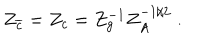
LaTeX: Z _ { \overline { { { c } } } } = Z _ { c } = Z _ { g } ^ { - 1 } Z _ { A } ^ { - 1 / 2 } \; .